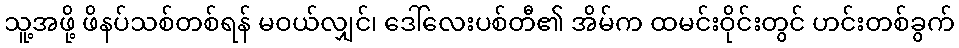
သူ့အဖို့ ဖိနပ်သစ်တစ်ရန် မဝယ်လျှင်၊ ဒေါ်လေးပစ်တီ၏ အိမ်က ထမင်းဝိုင်းတွင် ဟင်းတစ်ခွက်